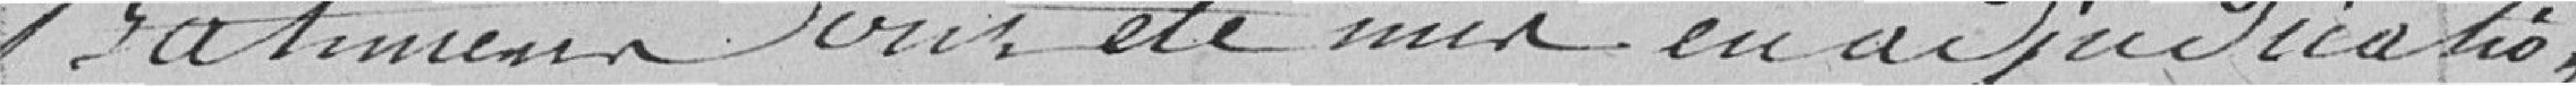
bâtiments ont été mis en adjudication